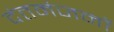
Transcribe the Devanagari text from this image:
दंतमंजनों